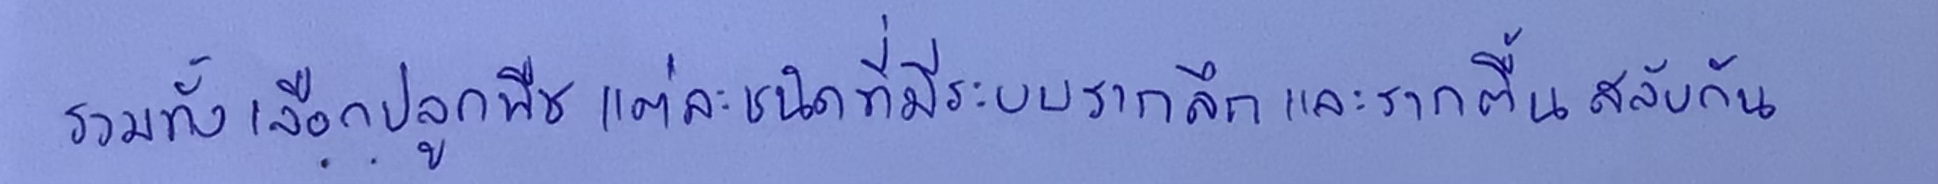
รวมทั้งเลือกปลูกพืชแต่ละชนิดที่มีระบบรากลึกและรากตื้นสลับกัน